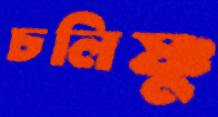
চলিষ্ণু